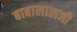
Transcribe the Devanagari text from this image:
बाबालालजी